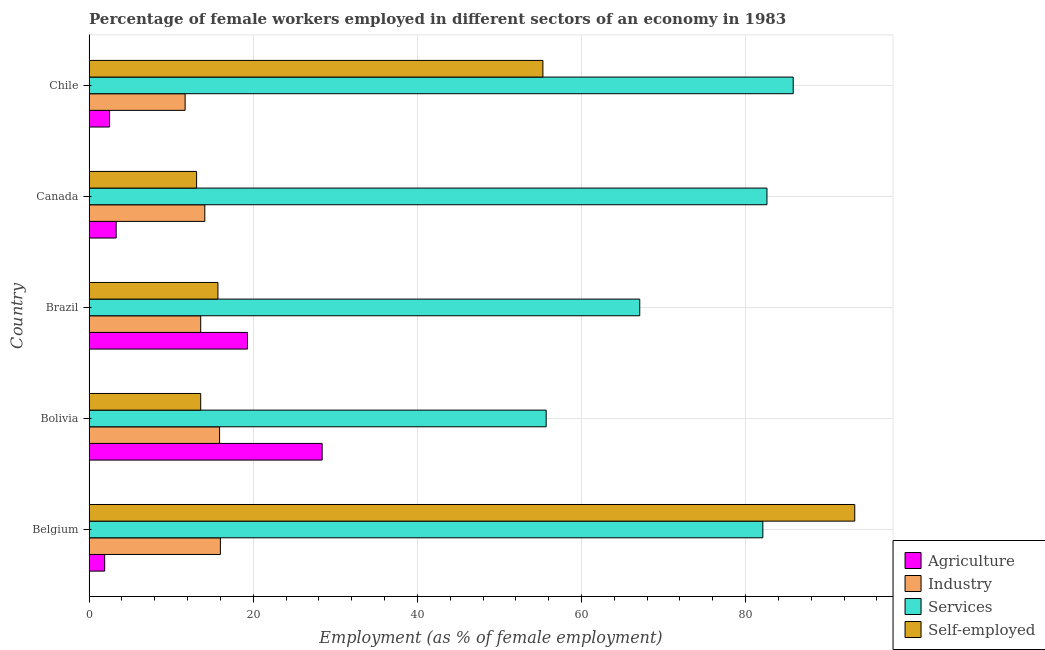
| Country | Agriculture | Industry | Services | Self-employed |
 | --- | --- | --- | --- | --- |
 | Belgium | 1.9 | 16 | 82.1 | 93.3 |
 | Bolivia | 28.4 | 15.9 | 55.7 | 13.6 |
 | Brazil | 19.3 | 13.6 | 67.1 | 15.7 |
 | Canada | 3.3 | 14.1 | 82.6 | 13.1 |
 | Chile | 2.5 | 11.7 | 85.8 | 55.3 |